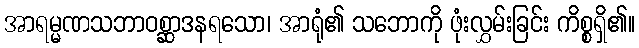
အာရမ္မဏသဘာဝစ္ဆာဒနရသော၊ အာရုံ၏ သဘောကို ဖုံးလွှမ်းခြင်း ကိစ္စရှိ၏။